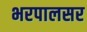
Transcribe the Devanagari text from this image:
भरपालसर